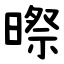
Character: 暩